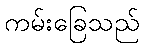
ကမ်းခြေသည်